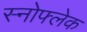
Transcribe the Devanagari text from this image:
स्नोफ्लेक